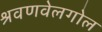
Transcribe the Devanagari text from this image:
श्रवणवेलगोल